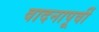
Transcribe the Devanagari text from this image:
वादनापूर्वी